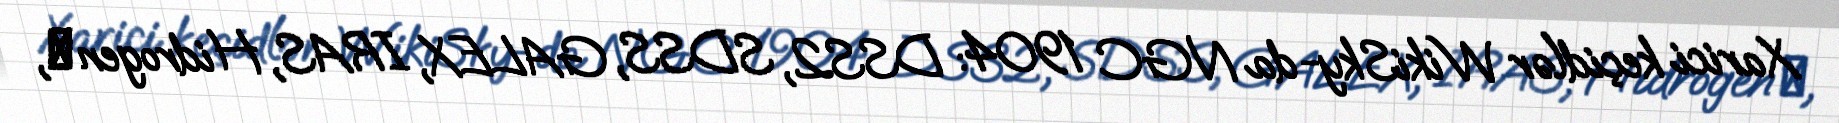
Xarici keçidlər WikiSky-da NGC 1904: DSS2, SDSS, GALEX, IRAS, Hidrogen α,